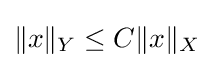
\|x\|_{Y}\leq C\|x\|_{X}